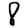
Digit: 8